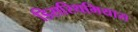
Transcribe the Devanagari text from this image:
डिसरिथमियास